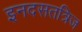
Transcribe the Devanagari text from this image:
इनदसतत्रिज